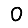
Digit: 0